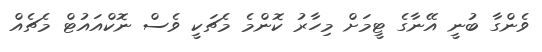
ވެންގާ ބުނީ އޭނާގެ ޓީމަށް މިހާރު ކޮންމެ މެޗަކީ ވެސް ނޮކްއައުޓް މެޗެއް